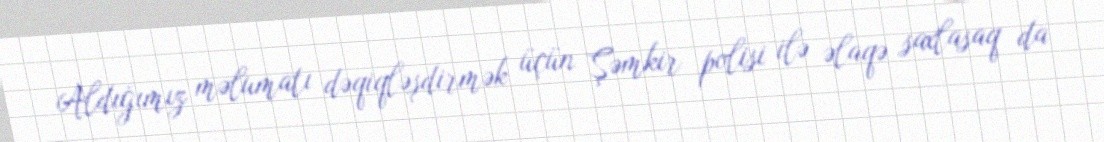
Aldığımız məlumatı dəqiqləşdirmək üçün Şəmkir polisi ilə əlaqə saxlasaq da